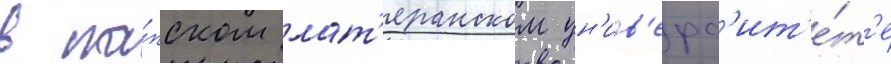
в па́пском лат'еранском ун'ив'ерс'ит'е́т'е